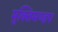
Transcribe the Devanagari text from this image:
मुक्तिमण्डप